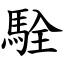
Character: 駩